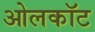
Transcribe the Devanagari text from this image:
ओलकॉट